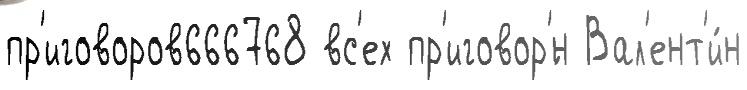
пр'иговоров666768 вс'ех пр'иговор'́н Вал'ент'и́н